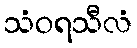
သံဝရသီလံ